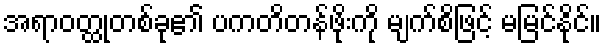
အရာဝတ္ထုတစ်ခု၏ ပကတိတန်ဖိုးကို မျက်စိဖြင့် မမြင်နိုင်။